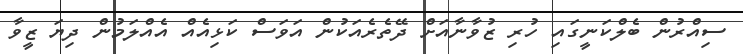
ސިއްރުން ބެލްކަނީގައި ހުރި ޒުވާނާއަށް ދޭތެރެއަކުން އަވަސް ކަޅިއެއް އެއްލަމުން ދިޔަ ޒީވާ